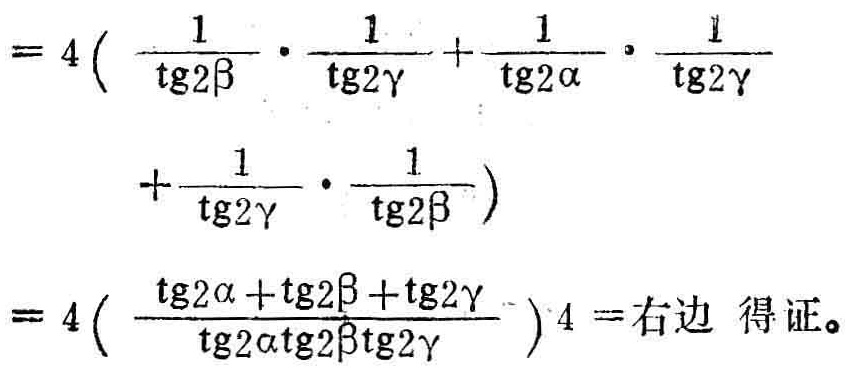
\[

\begin{align*}

&=4\left(\frac{1}{\text{tg}2\beta}\cdot\frac{1}{\text{tg}2\gamma}+\frac{1}{\text{tg}2\alpha}\cdot\frac{1}{\text{tg}2\gamma}+\frac{1}{\text{tg}2\gamma}\cdot\frac{1}{\text{tg}2\beta}\right)\\

&=4\left(\frac{\text{tg}2\alpha+\text{tg}2\beta+\text{tg}2\gamma}{\text{tg}2\alpha\text{tg}2\beta\text{tg}2\gamma}\right)^4 =\text{右边}\text{ 得证。}

\end{align*}

\]